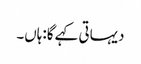
دیہاتی کہے گا:ہاں۔